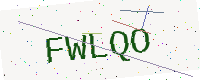
Text: FWLQO